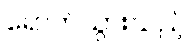
ရောက်သွားသည့်